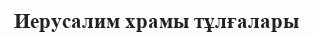
Иерусалим храмы тұлғалары